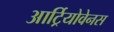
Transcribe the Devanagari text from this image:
आर्ट्रियोवेनस